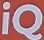
IQ